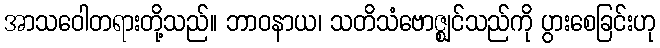
အာသဝေါတရားတို့သည်။ ဘာဝနာယ၊ သတိသံဗောဇ္ဈင်သည်ကို ပွားစေခြင်းဟု